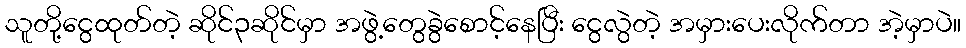
သူတို့ငွေထုတ်တဲ့ ဆိုင်၃ဆိုင်မှာ အဖွဲ့တွေခွဲစောင့်နေပြီး ငွေလွဲတဲ့ အမှားပေးလိုက်တာ အဲ့မှာပဲ။